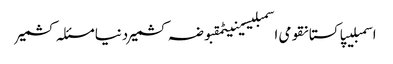
اسمبلیپاکستانقومی اسمبلیسینیٹمقبوضہ کشمیردنیامسئلہ کشمیر